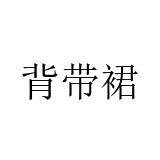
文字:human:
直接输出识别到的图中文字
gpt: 背带裙